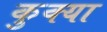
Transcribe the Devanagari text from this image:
कुक्या